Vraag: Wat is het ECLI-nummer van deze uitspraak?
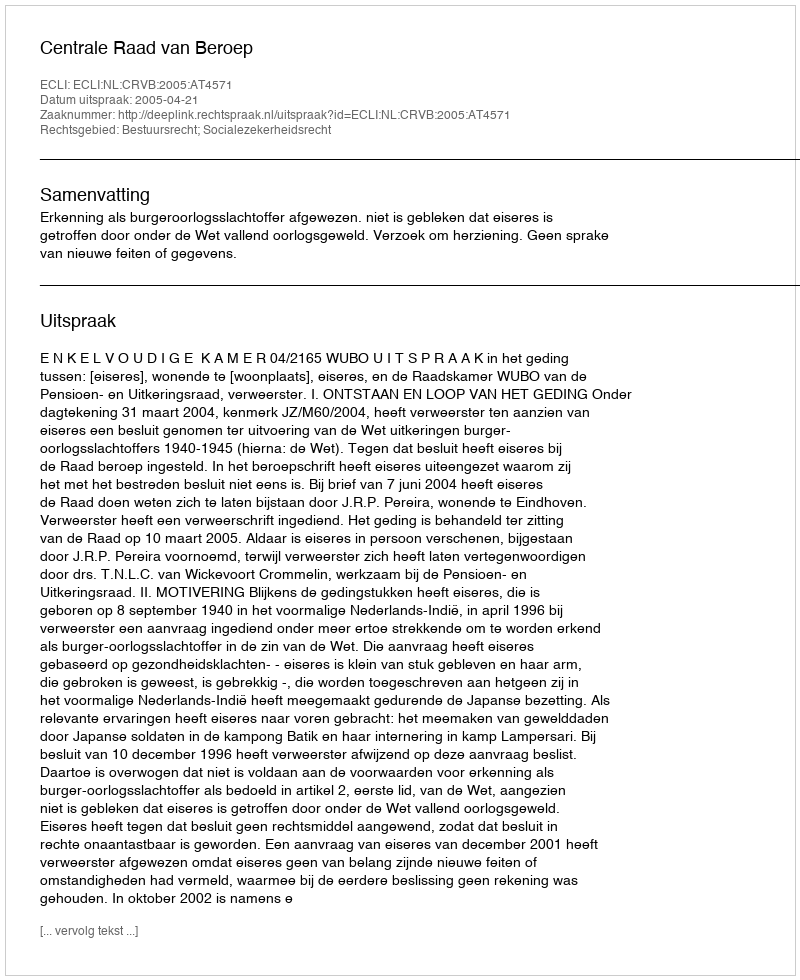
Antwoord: ECLI:NL:CRVB:2005:AT4571